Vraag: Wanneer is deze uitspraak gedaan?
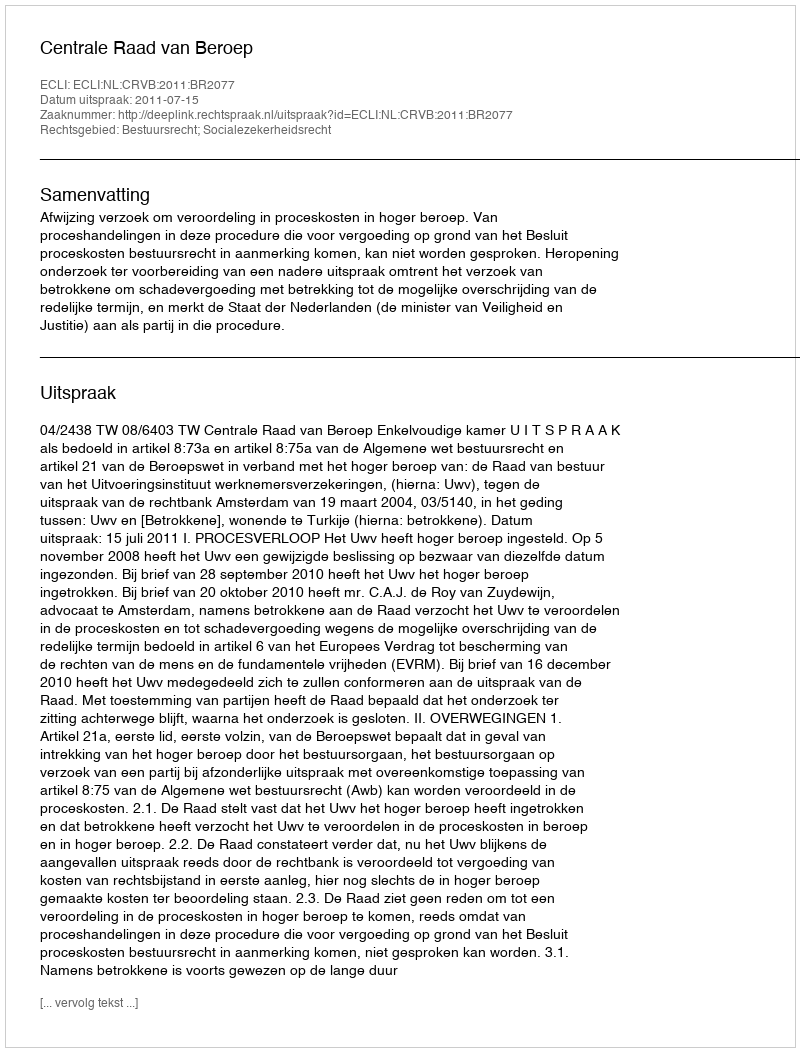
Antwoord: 2011-07-15